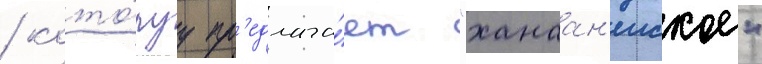
/ кото́руу пр'едлага́ет "ханаан'еиское"